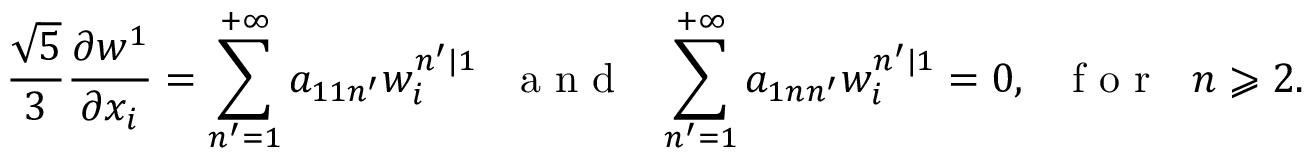
\frac { \sqrt { 5 } } { 3 } \frac { \partial w ^ { 1 } } { \partial x _ { i } } = \sum _ { n ^ { \prime } = 1 } ^ { + \infty } a _ { 1 1 n ^ { \prime } } w _ { i } ^ { n ^ { \prime } | 1 } \mathrm { ~ ~ ~ a ~ n ~ d ~ ~ ~ } \sum _ { n ^ { \prime } = 1 } ^ { + \infty } a _ { 1 n n ^ { \prime } } w _ { i } ^ { n ^ { \prime } | 1 } = 0 , \mathrm { ~ ~ ~ f ~ o ~ r ~ ~ ~ } n \geqslant 2 .